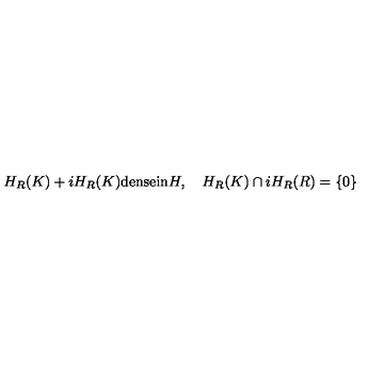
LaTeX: H _ { R } ( K ) + i H _ { R } ( K ) \mathrm { d e n s e i n } H , \quad H _ { R } ( K ) \cap i H _ { R } ( R ) = \left\{ 0 \right\}